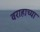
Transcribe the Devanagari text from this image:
वराहाच्या